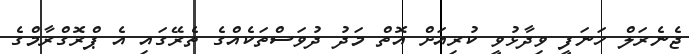
ޖެނެރަލް ހަނަފީ ވިދާޅުވީ ކުރިއަށް އޮތް މަދު ދުވަސްތަކެއްގެ ތެރޭގައި އެ ޕްރޮގްރާމްގެ